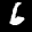
Label: 6